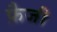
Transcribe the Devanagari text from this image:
फ़ैजी